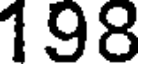
198